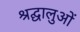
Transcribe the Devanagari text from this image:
श्रद्घालुओं